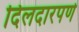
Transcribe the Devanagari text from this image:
दिलदारपणे